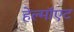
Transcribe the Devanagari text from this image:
हेल्मॉएट